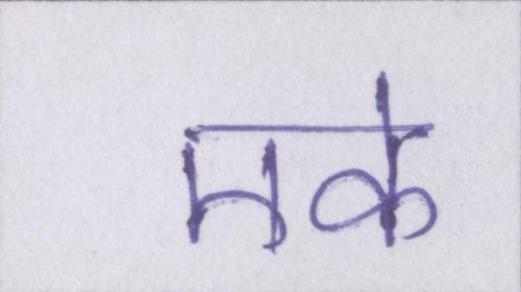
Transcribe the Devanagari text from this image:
एके